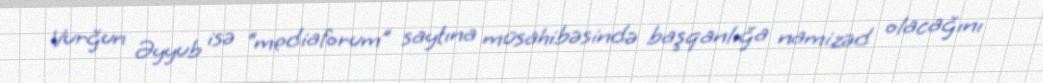
Vurğun Əyyub isə “mediaforum” saytına müsahibəsində başqanlığa namizəd olacağını